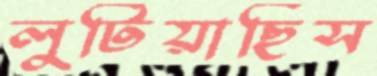
লুটিয়াছিস